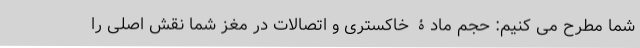
شما مطرح می کنیم: حجم مادۀ خاکستری و اتصالات در مغز شما نقش اصلی را